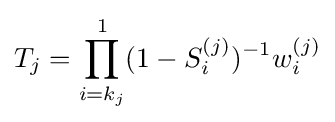
T_{j}=\prod _{i=k_{j}}^{1}(1-S_{i}^{(j)})^{-1}w_{i}^{(j)}